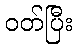
ဝတ်ပြီး